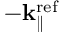
- \bf k _ { \parallel } ^ { \mathrm { r e f } }